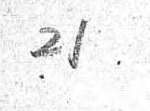
21